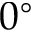
0 ^ { \circ }